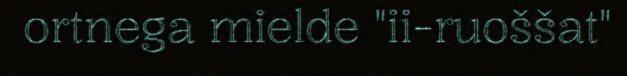
ortnega mielde "ii-ruoššat"